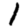
Digit: 1